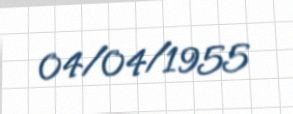
04/04/1955